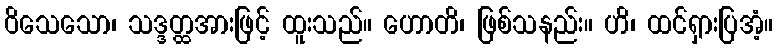
ဝိသေသော၊ သဒ္ဒတ္ထအားဖြင့် ထူးသည်။ ဟောတိ၊ ဖြစ်သနည်း။ ဟိ၊ ထင်ရှားပြအံ့။